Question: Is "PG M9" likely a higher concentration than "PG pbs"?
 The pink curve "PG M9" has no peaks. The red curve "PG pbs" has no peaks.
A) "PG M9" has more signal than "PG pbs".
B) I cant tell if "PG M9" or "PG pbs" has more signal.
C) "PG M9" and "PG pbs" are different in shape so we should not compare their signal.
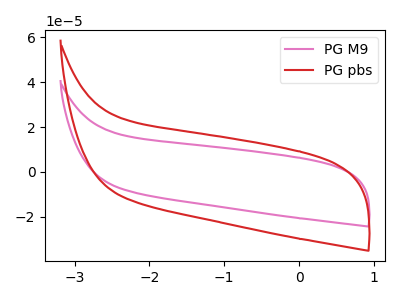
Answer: <think>Neither "PG M9" or "PG pbs" have any peaks.
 </think>
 <answer>B) I cant tell if "PG M9" or "PG pbs" has more signal.</answer>
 <eval>B</eval>